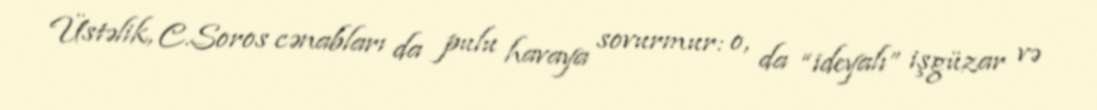
Üstəlik, C.Soros cənabları da pulu havaya sovurmur: o, da “ideyalı” işgüzar və